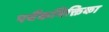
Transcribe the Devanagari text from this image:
पर्यैकभिक्तिका